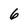
Character: 6